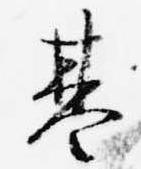
基